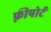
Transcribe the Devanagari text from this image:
फ़्रीपोर्ट